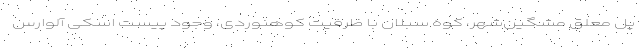
پل معلق مشگین‌شهر، کوه سبلان با ظرفیت کوهنوردی، وجود پیست اسکی آلوارس